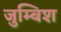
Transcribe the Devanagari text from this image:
जुम्बिश